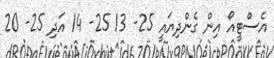
އެސްޓީއޯ އިން ގެންދިޔައީ 25- 13 25- 14 އަދި 25- 20